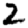
Digit: 2